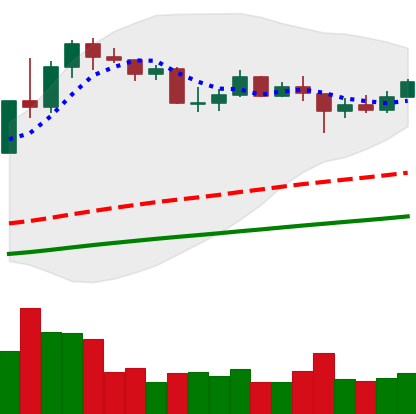
Ticker: LINK-USD
Chart end date: 2020-07-31
Forward return: 22.976%
Label: up_7plus